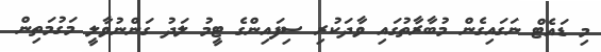
މި ޑައެޓް ނަގައިގެން މުބާރާތުގައި ވާދަކުރި ސިފައިންގެ ޓީމު ލަދު ގަންނުވާލީ މަގުމަތިން